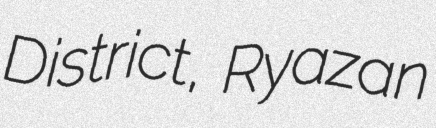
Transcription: District, Ryazan